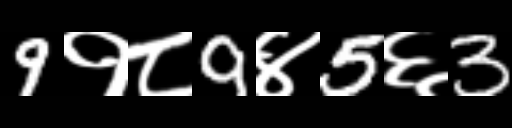
Text: 9१८9४5६3